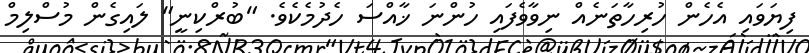
ފިޔަވައި އެހެން ހުރިހާތަނެއް ނިވާވެފައި ހުންނަ ޚާއްސަ ހެދުމެކެވެ. "ބުރްކިނީ" ލައިގެން މުސްލިމް